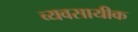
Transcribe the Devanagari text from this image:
व्यवसायीक